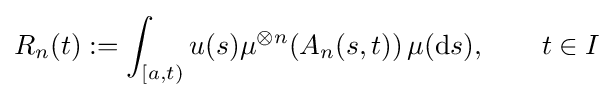
R_{n}(t):=\int _{[a,t)}u(s)\mu ^{\otimes n}(A_{n}(s,t))\,\mu (\mathrm {d} s),\qquad t\in I